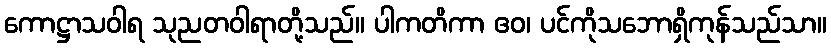
ကောဋ္ဌာသဝါရ သုညတဝါရာတို့သည်။ ပါကတိကာ ဧဝ၊ ပင်ကိုသဘောရှိကုန်သည်သာ။